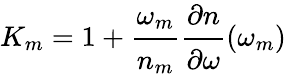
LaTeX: K_{m}=1+\cfrac{\omega_{m}}{n_{m}}\cfrac{\partial n}{\partial\omega}(\omega_{m})